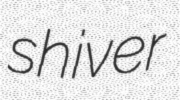
shiver